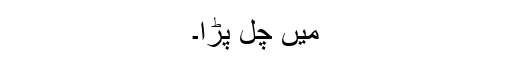
میں چل پڑا۔